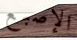
الإصبع